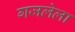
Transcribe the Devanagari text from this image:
गजलेला